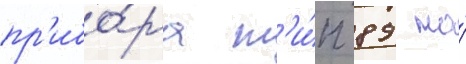
пр'ибо́ра т'и́п 89 на́